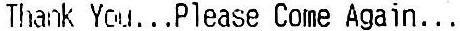
THANK YOU...PLEASE COME AGAIN...